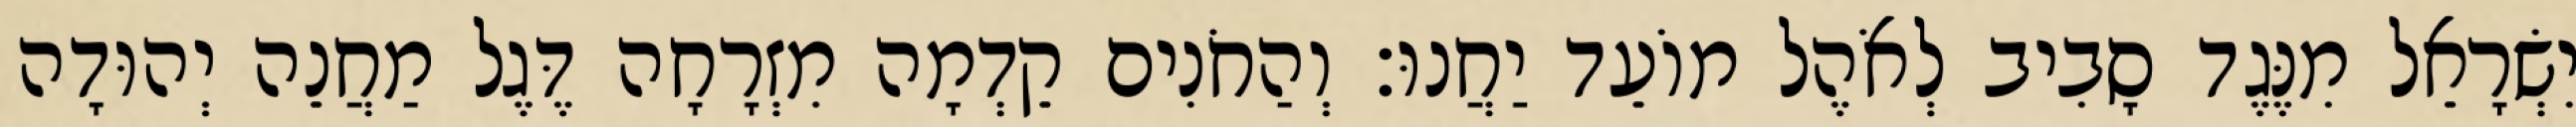
יִשְׂרָאֵל מִנֶּגֶד סָבִיב לְאֹהֶל מוֹעֵד יַחֲנוּ׃ וְהַחֹנִים קֵדְמָה מִזְרָחָה דֶּגֶל מַחֲנֵה יְהוּדָה